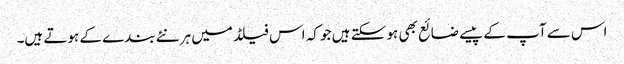
اس سے آپ کے پیسے ضائع بھی ہو سکتے ہیں جو کہ اس فیلڈ میں ہر نئے بندے کے ہوتے ہیں۔